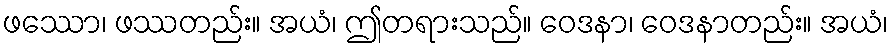
ဖဿော၊ ဖဿတည်း။ အယံ၊ ဤတရားသည်။ ဝေဒနာ၊ ဝေဒနာတည်း။ အယံ၊